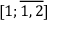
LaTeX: [ 1 ; { \overline { { 1 , 2 } } } ]